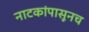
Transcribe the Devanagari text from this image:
नाटकांपासूनच